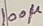
Text: 100µ